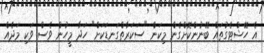
އެ ހޭޝްޓެގުތައް ބޭނުންކޮށްގެން މިކަން "ސަކަރާތްގަނޑަކަށް" ހަދާ މީހުން ވެސް ވަކި މަދެއް